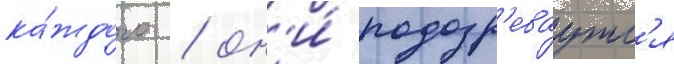
ка́ждого / он'и́ подозр'еваутс'я